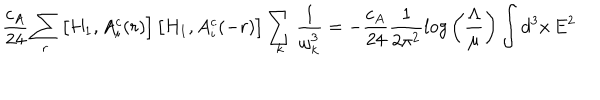
LaTeX: { \frac { c _ { A } } { 2 4 } } \sum _ { r } \left[ H _ { 1 } , A _ { i } ^ { c } ( r ) \right] \left[ H _ { 1 } , A _ { i } ^ { c } ( - r ) \right] \sum _ { k } { \frac { 1 } { \omega _ { k } ^ { 3 } } } = - { \frac { c _ { A } } { 2 4 } } { \frac { 1 } { 2 \pi ^ { 2 } } } l o g \left( { \frac { \Lambda } { \mu } } \right) \int d ^ { 3 } x \, E ^ { 2 }